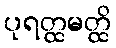
ပုရတ္ထမတ္ထိ